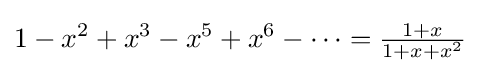
1-x^{2}+x^{3}-x^{5}+x^{6}-\cdots ={\tfrac {1+x}{1+x+x^{2}}}